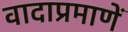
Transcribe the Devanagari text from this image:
वादाप्रमाणें